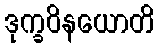
ဒုက္ခဝိနယောတိ